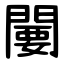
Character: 闄